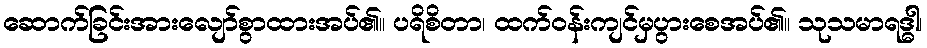
ဆောက်ခြင်းအားလျော်စွာထားအပ်၏။ ပရိစိတာ၊ ထက်ဝန်းကျင်မှပွားစေအပ်၏။ သုသမာရဒ္ဓါ၊